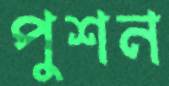
পুশন